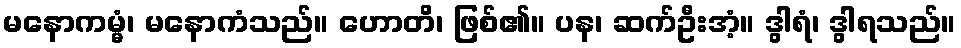
မနောကမ္မံ၊ မနောကံသည်။ ဟောတိ၊ ဖြစ်၏။ ပန၊ ဆက်ဦးအံ့။ ဒွါရံ၊ ဒွါရသည်။